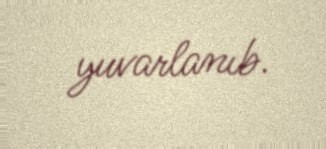
yuvarlanıb.